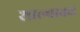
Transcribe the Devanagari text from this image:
शाल्वाकडे